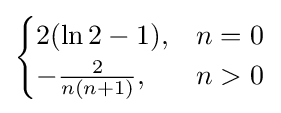
{\begin{cases}2(\ln 2-1),&n=0\\-{\frac {2}{n(n+1)}},&n>0\end{cases}}